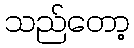
သည်တော့